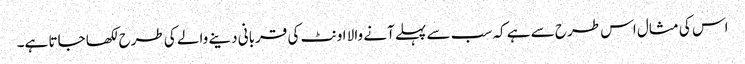
اس کی مثال اس طرح سے ہے کہ سب سے پہلے آنے والا اونٹ کی قربانی دینے والے کی طرح لکھا جاتا ہے۔